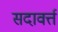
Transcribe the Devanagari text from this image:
सदावर्त्त